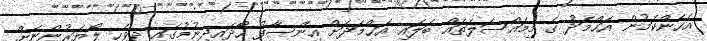
އެހެންކަމުން އަހްމަދު ގެ މިމައްސަލަތައް ބަލައި އަޙްމަދަށް އިންސާފު ހޯދައިދިނުމުގައި ދިވެހި ލޯޔަރުންނަށް